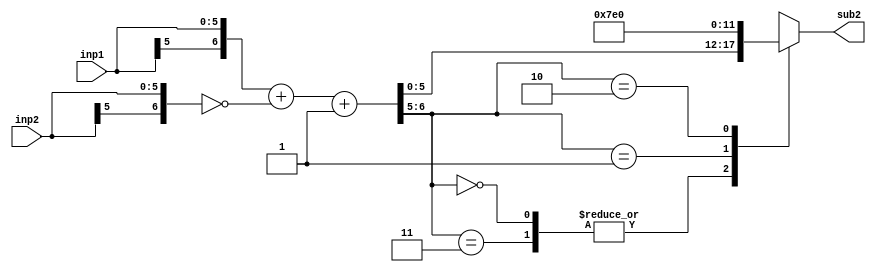
`timescale 1ns / 1ps
//////////////////////////////////////////////////////////////////////////////////
// Company: 
// Engineer: 
// 
// Design Name: 
// Module Name: subtract_2
// Project Name: 
// Target Devices: 
// Tool Versions: 
// Description: 
// 
// Dependencies: 
// 
// Revision:
// Revision 0.01 - File Created
// Additional Comments:
// 
//////////////////////////////////////////////////////////////////////////////////


module subtract_2( sub2, inp1, inp2);
parameter W=6;
        output reg [W-1:0]sub2;
        input [W-1:0]inp1;
        input [W-1:0]inp2;
        
        wire [W:0] x,y,sub_inter;
        assign x = {inp1[W-1],inp1};
        assign y = {inp2[W-1],inp2};
        //assign sub_inter = x-y;
        assign sub_inter = x+~y+1'b1;
       
       /* always@(sub_inter)
        begin
            sub2[W-1]=sub_inter[W];
          case({sub_inter[W:W-1]})
            2'b00,2'b11: sub2[W-2:0] = sub_inter[W-2:0]; 
            2'b01: sub2[W-2:0] = {{(W-1){1'b1}}};
            2'b10: sub2[W-2:0] = {{(W-1){1'b0}}};
          endcase
        end */
        
        always@(sub_inter)
        begin
          case({sub_inter[W:W-1]})
            2'b00,2'b11: sub2 = sub_inter[W-1:0]; 
            2'b01: sub2 = {1'b0,{(W-1){1'b1}}};
            2'b10: sub2 = {1'b1,{(W-1){1'b0}}};
          endcase
          end
        
        
endmodule